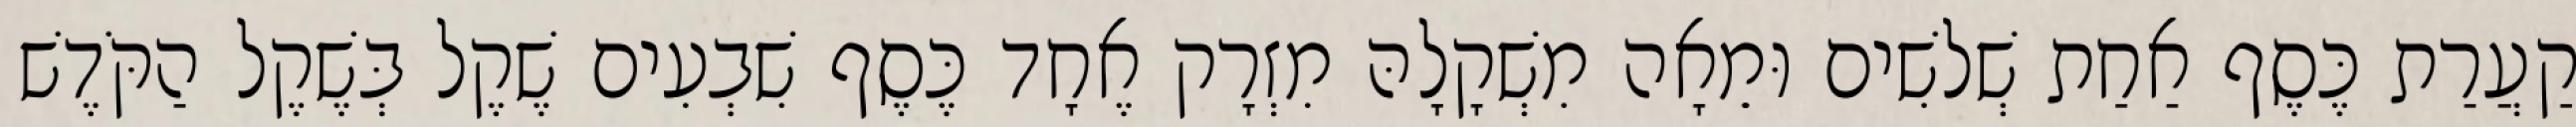
קַעֲרַת כֶּסֶף אַחַת שְׁלשִׁים וּמֵאָה מִשְׁקָלָהּ מִזְרָק אֶחָד כֶּסֶף שִׁבְעִים שֶׁקֶל בְּשֶׁקֶל הַקֹּדֶשׁ